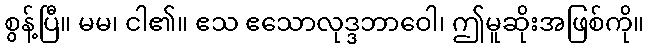
စွန့်ပြီ။ မမ၊ ငါ၏။ ဧသ ဧသောလုဒ္ဒဘာဝေါ၊ ဤမူဆိုးအဖြစ်ကို။